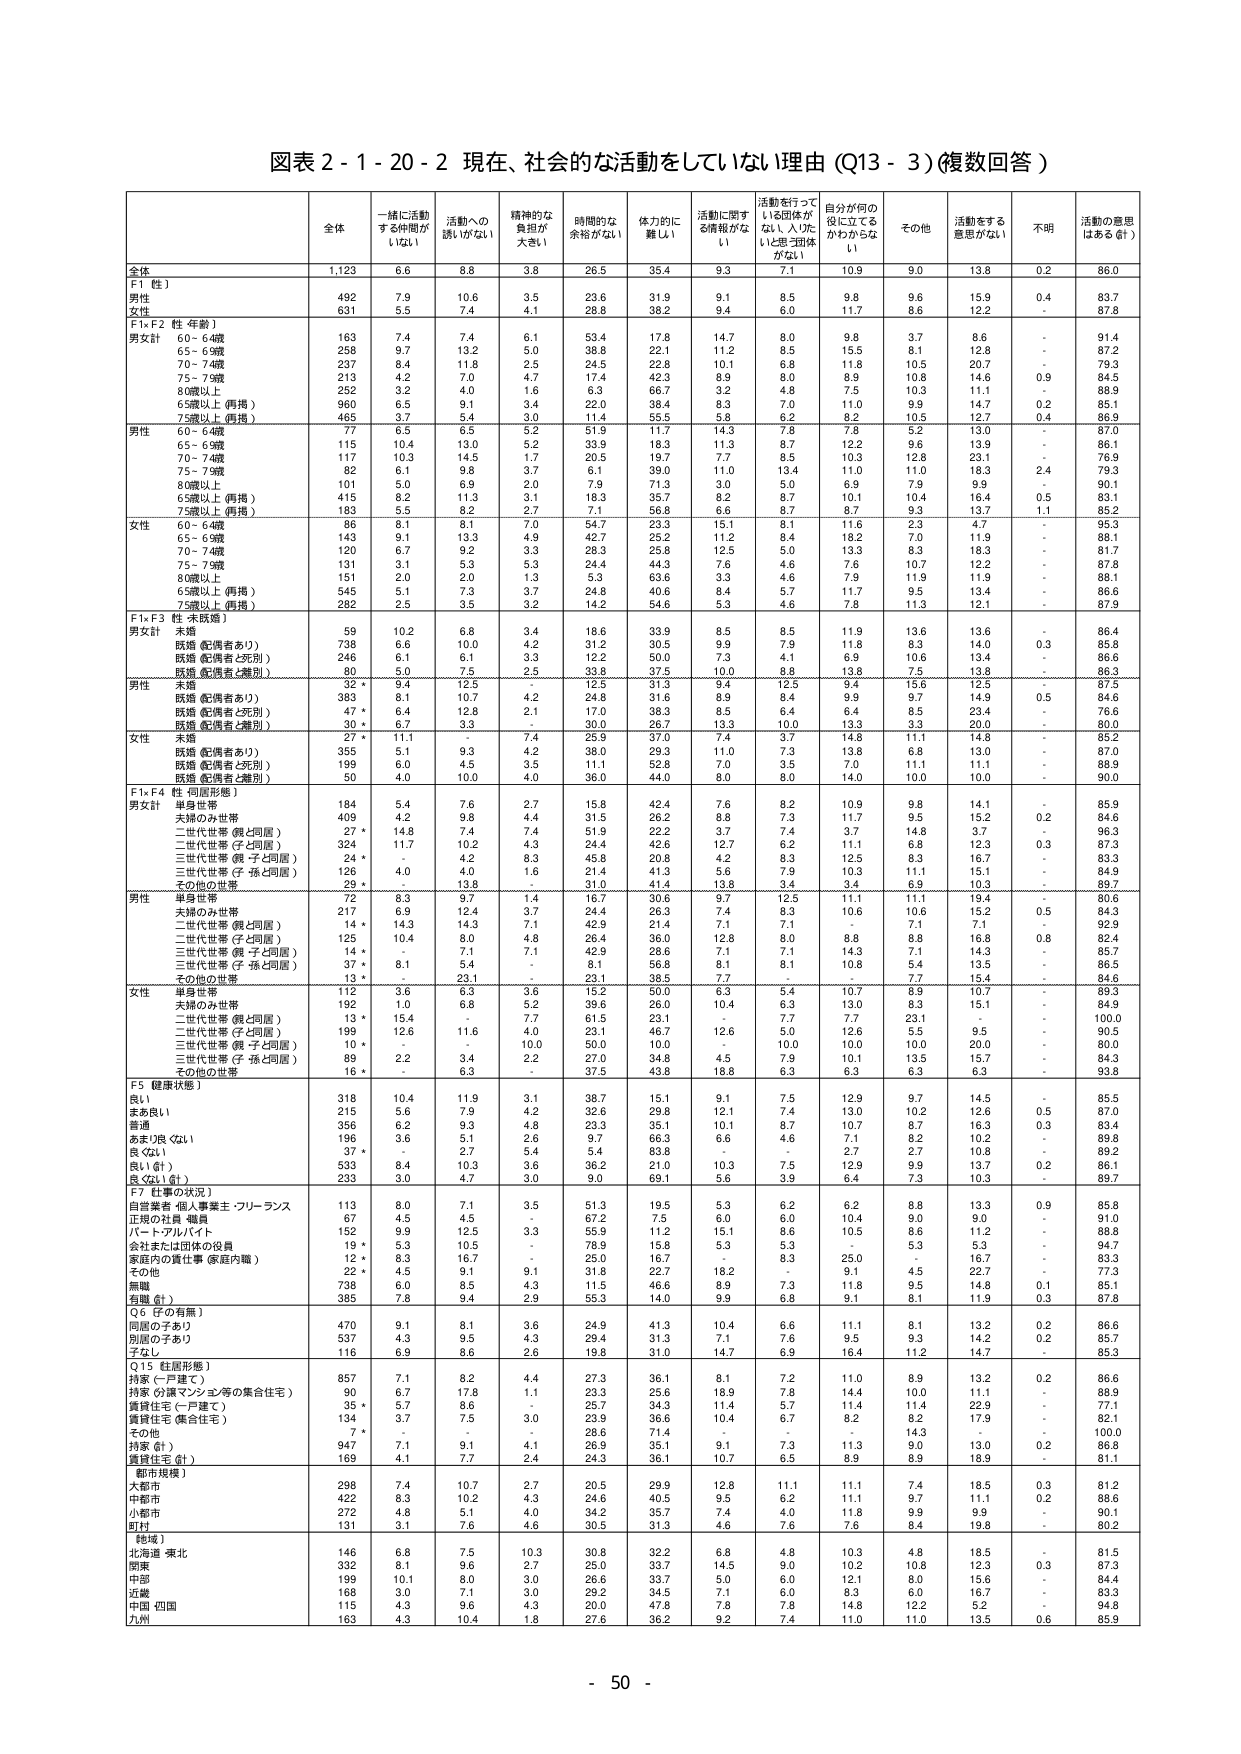
図表２-１-２０-２ 現在、社会的な活動をしていない理由（Q13-3）（複数回答）

全体 1,123 6.6 8.8 3.8 26.5 35.4 9.3 7.1 10.9 9.0 13.8 0.2 86.0
F1 性
男性 492 7.9 10.6 3.5 23.6 31.9 9.1 8.5 9.8 9.6 15.9 0.4 83.7
女性 631 5.5 7.4 4.1 28.8 38.2 9.4 6.0 11.7 8.6 12.2 - 87.8
F1×F2 性・年齢
男女計 60-64歳 163 7.4 7.4 6.1 53.4 17.8 14.7 9.0 9.8 3.7 8.6 - 91.4
65-69歳 258 9.7 13.2 5.0 38.8 22.1 11.2 8.5 15.5 8.1 12.8 - 87.2
70-74歳 237 8.4 11.8 2.5 24.5 22.8 10.1 6.8 11.8 10.5 20.7 - 79.3
75-79歳 213 4.2 7.0 4.7 17.4 42.3 8.9 8.0 8.9 10.8 14.6 0.9 84.5
80歳以上 252 3.2 4.0 1.6 6.3 66.7 3.2 4.8 7.5 10.3 11.1 - 88.9
65歳以上（再掲） 960 6.5 9.1 3.4 22.0 38.4 8.3 7.0 11.0 9.9 14.7 0.2 85.1
75歳以上（再掲） 465 3.7 5.4 3.0 11.4 55.5 5.8 6.2 8.2 10.5 12.7 0.4 86.9
男性 60-64歳 77 6.5 6.5 5.2 51.9 11.7 14.3 7.8 7.8 5.2 13.0 - 87.0
65-69歳 115 10.4 13.0 5.2 33.9 18.3 11.3 8.7 12.2 9.6 13.9 - 86.1
70-74歳 117 10.3 14.5 1.7 20.5 19.7 7.7 8.5 10.3 12.8 23.1 - 76.9
75-79歳 82 6.1 9.8 3.7 6.1 39.0 11.0 13.4 11.0 11.0 18.3 2.4 79.3
80歳以上 101 5.0 6.9 2.0 7.9 71.3 3.0 5.0 6.9 7.9 9.9 - 90.1
65歳以上（再掲） 415 8.2 11.3 3.1 18.3 35.7 8.2 8.7 10.1 10.4 16.4 0.5 83.1
75歳以上（再掲） 183 5.5 8.2 2.7 7.1 56.8 6.6 8.7 8.7 9.3 13.7 1.1 85.2
女性 60-64歳 86 8.1 8.1 7.0 54.7 23.3 15.1 11.6 12.5 2.3 12.5 - 87.5
65-69歳 143 9.1 13.3 4.9 42.7 25.2 11.2 8.4 18.2 7.0 11.9 - 88.1
70-74歳 120 6.7 9.2 3.3 28.3 25.8 12.5 5.0 13.3 8.3 18.3 - 81.7
75-79歳 131 3.1 5.3 5.3 24.4 44.3 7.6 4.6 7.6 10.7 12.2 - 87.8
80歳以上 151 2.0 2.0 1.3 5.3 63.6 3.3 4.6 7.9 11.9 11.9 - 88.1
65歳以上（再掲） 545 5.1 7.3 3.7 24.8 40.6 8.4 5.7 11.7 9.5 13.4 - 86.6
75歳以上（再掲） 282 2.5 3.5 3.2 14.2 54.6 5.3 4.6 7.8 11.3 12.1 - 87.9
F1×F3 性・未婚婚
男女計 未婚 59 10.2 6.8 3.4 18.6 33.9 8.5 8.5 11.9 13.6 - 86.4
既婚（配偶者あり） 738 6.6 10.0 4.2 31.2 30.5 9.9 7.9 11.8 8.3 14.0 0.3 85.8
既婚（配偶者と死別） 246 6.1 6.1 3.3 12.2 50.0 7.3 4.1 6.9 10.6 13.4 - 86.6
既婚（配偶者と離別） 80 5.0 7.5 2.5 33.8 37.5 10.0 8.8 13.8 7.5 13.8 - 86.3
男性 未婚 32 8.4 12.5 3.1 12.5 31.3 9.4 12.5 9.4 15.6 - 87.5
既婚（配偶者あり） 383 8.1 10.7 4.2 24.8 31.6 8.9 8.4 9.9 9.7 14.9 0.5 84.6
既婚（配偶者と死別） 47 * 6.4 12.8 2.1 17.0 38.3 8.5 6.4 6.4 8.5 23.4 - 76.6
既婚（配偶者と離別） 30 * 6.7 3.3 - 30.0 26.7 13.3 10.0 13.3 3.3 20.0 - 80.0
女性 未婚 27 * 11.1 - 7.4 25.9 37.0 7.4 3.7 14.8 11.1 14.8 - 85.2
既婚（配偶者あり） 355 5.1 9.3 4.2 38.0 29.3 11.0 7.3 13.8 6.8 13.0 - 87.0
既婚（配偶者と死別） 199 6.0 4.5 3.5 11.1 52.8 3.5 7.0 11.1 7.0 11.1 - 88.0
既婚（配偶者と離別） 50 4.0 10.0 4.0 36.0 44.0 8.0 8.0 14.0 10.0 10.0 - 90.0
F1×F4 性・同居形態
男女計 単身世帯 184 5.4 7.6 2.7 15.8 42.4 7.6 8.2 10.9 9.8 14.1 - 85.9
夫婦のみ世帯 409 4.2 9.8 4.4 31.5 26.2 8.8 7.3 11.7 9.5 15.2 0.2 84.6
二世代世帯（親と同居） 27 * 14.8 7.4 7.4 51.9 22.2 3.7 7.4 3.7 14.8 3.7 - 96.3
二世代世帯（子と同居） 324 11.7 10.2 4.3 24.4 42.6 12.7 6.2 11.1 6.8 12.3 0.3 87.3
三世代世帯（親・子と同居） 24 * - 4.2 8.3 45.8 20.8 4.2 8.3 12.5 8.3 16.7 - 83.3
三世代世帯（子・孫と同居） 126 4.0 4.0 1.6 21.4 41.3 5.6 7.9 10.3 11.1 15.1 - 84.9
その他の世帯 29 * - 13.8 - 31.0 41.4 13.8 3.4 3.4 6.9 10.3 - 89.7
男性 単身世帯 72 8.3 9.7 1.4 16.7 30.6 9.7 12.5 11.1 11.1 19.4 - 80.6
夫婦のみ世帯 217 6.9 12.4 3.7 24.4 26.3 7.4 8.3 10.6 10.6 15.2 0.5 84.3
二世代世帯（親と同居） 14 * 14.3 14.3 7.1 42.9 21.4 7.1 7.1 7.1 7.1 7.1 - 92.9
二世代世帯（子と同居） 125 10.4 8.0 4.8 26.4 36.0 12.8 8.0 8.8 8.8 16.8 0.8 82.4
三世代世帯（親・子と同居） 14 * - 7.1 7.1 42.9 28.6 7.1 7.1 14.3 7.1 14.3 - 85.7
三世代世帯（子・孫と同居） 37 * 8.1 5.4 - 8.1 56.8 8.1 8.1 10.8 5.4 13.5 - 86.5
その他の世帯 13 * - 23.1 - 23.1 38.5 7.7 - - 7.7 15.4 - 84.6
女性 単身世帯 112 3.6 6.3 3.6 15.2 50.0 6.3 5.4 10.7 8.9 10.7 - 89.3
夫婦のみ世帯 192 1.0 6.8 5.2 36.0 26.0 10.4 6.3 13.0 8.3 15.1 - 84.9
二世代世帯（親と同居） 13 * 15.4 - 7.7 61.5 23.1 - 7.7 7.7 23.1 - 100.0
二世代世帯（子と同居） 199 12.6 11.6 4.0 23.1 46.7 12.6 5.0 12.6 5.5 9.5 - 90.5
三世代世帯（親・子と同居） 10 * - - 10.0 50.0 10.0 - 10.0 10.0 10.0 20.0 - 80.0
三世代世帯（子・孫と同居） 89 2.2 3.4 2.2 27.0 34.8 4.5 7.9 10.1 13.5 15.7 - 84.3
その他の世帯 16 * - 6.3 - 37.5 43.8 18.8 6.3 6.3 6.3 6.3 - 93.8
F5 健康状態
良い 318 10.4 11.9 3.1 38.7 15.1 9.1 7.5 12.9 9.7 14.5 - 85.5
まあ良い 215 5.6 7.9 4.2 32.6 29.8 12.1 7.4 13.0 10.2 12.6 0.5 87.0
普通 356 6.2 9.3 4.8 23.3 35.1 10.1 8.7 10.7 8.7 16.3 0.3 83.4
あまり良くない 196 3.6 5.1 2.6 9.7 66.3 6.6 4.6 7.1 8.2 10.2 - 89.8
良くない 37 * - 2.7 5.4 5.4 83.8 - - 2.7 2.7 10.8 - 89.2
良くない（計） 533 6.4 10.3 3.6 36.2 21.0 10.3 7.5 12.9 9.9 13.7 0.2 86.1
良くない（計） 233 3.0 4.7 3.0 8.0 69.1 5.6 3.9 6.4 7.3 10.3 - 89.7
F7 職業（状況）
自営業者・個人事業主・フリーランス 113 8.0 7.1 3.5 51.3 19.5 5.3 6.2 6.2 8.8 13.3 0.9 85.8
正規の社員・職員 67 4.5 4.5 - 67.2 7.5 6.0 6.0 10.4 9.0 9.0 - 91.0
パート・アルバイト 152 9.9 12.5 3.3 55.9 11.2 15.1 8.6 10.5 8.6 11.2 - 88.8
会社または団体の役員 19 * 5.3 10.5 - 78.9 15.8 5.3 5.3 - 5.3 5.3 - 94.7
家庭内の責任事（家庭内職） 83 16.7 16.7 - 16.7 25.0 - 8.3 - 25.0 16.7 - 83.3
その他 22 * 4.5 9.1 9.1 31.8 22.7 18.2 8.3 9.1 4.5 22.7 - 77.3
無職 738 6.0 8.5 4.3 11.5 46.6 8.9 7.3 11.8 9.5 14.8 0.1 85.1
有職（計） 385 7.8 9.4 2.9 55.3 14.0 9.9 6.8 9.1 8.1 11.9 0.3 87.8
Q6 子の有無
同居の子あり 470 9.1 8.1 3.6 24.9 41.3 10.4 6.6 11.1 8.1 13.2 0.2 86.6
別居の子あり 537 4.3 9.5 4.3 29.4 31.3 7.1 7.6 9.5 9.3 14.2 0.2 85.7
子なし 116 6.9 8.6 2.6 19.8 31.0 14.7 6.9 16.4 11.2 14.7 - 85.3
Q15 住居形態
持家（一戸建て） 857 7.1 8.2 4.4 27.3 36.1 8.1 7.2 11.0 8.9 13.2 0.2 86.6
持家（分譲マンション等の集合住宅） 90 6.7 17.8 1.1 23.3 25.6 18.9 7.8 14.4 10.0 11.1 - 88.9
賃貸住宅（一戸建て） 35 * 5.7 8.6 - 25.7 34.3 11.4 5.7 11.4 11.4 22.9 - 77.1
賃貸住宅（集合住宅） 134 3.7 7.5 3.0 23.9 36.6 10.4 6.7 8.2 8.2 17.9 - 82.1
その他 7 * - - - 28.6 71.4 - - 14.3 - 100.0
持家（計） 947 7.1 9.1 4.1 26.9 35.1 9.1 7.3 11.3 9.0 13.0 0.2 86.8
賃貸住宅（計） 169 4.1 7.7 2.4 24.3 36.1 10.7 6.5 8.9 8.9 18.9 - 81.1
[都市規模]
大都市 298 7.4 10.7 2.7 20.5 29.9 12.8 11.1 11.1 7.4 18.5 0.3 81.2
中都市 422 8.3 10.2 4.3 40.5 9.5 8.2 6.2 11.1 9.7 11.1 0.2 88.6
小都市 272 4.8 5.1 4.0 34.2 35.7 7.4 4.0 11.8 9.9 9.9 - 90.1
町村 131 3.1 7.6 4.6 30.5 31.3 4.6 7.6 7.6 8.4 19.8 - 80.2
[地域]
北海道・東北 146 6.8 7.5 10.3 30.8 32.2 6.8 4.8 10.3 4.8 18.5 - 81.5
関東 332 8.1 9.6 2.7 25.0 33.7 14.5 9.0 10.2 10.8 12.3 0.3 87.3
中部 199 10.1 8.0 3.0 28.6 33.7 5.0 6.0 12.1 8.0 15.6 - 84.4
近畿 168 3.0 7.1 3.0 29.2 34.5 7.1 6.0 8.3 6.0 16.7 - 83.3
中国・四国 115 4.3 9.6 4.3 20.0 47.8 7.8 7.8 14.8 12.2 5.2 - 94.8
九州 163 4.3 10.4 1.8 27.6 36.2 9.2 7.4 11.0 11.0 13.5 0.6 85.9

- 50 -